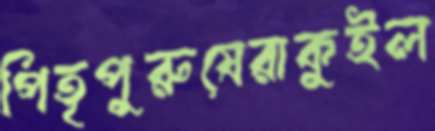
পিতৃপুরুষেরাকুইল